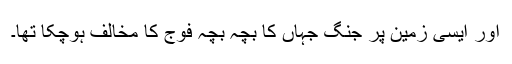
اور ایسی زمین پر جنگ جہاں کا بچہ بچہ فوج کا مخالف ہوچکا تھا۔